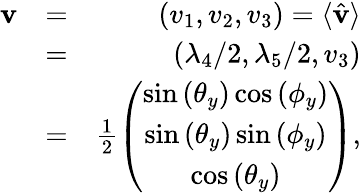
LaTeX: \begin{array}{rlr}{{\mathbf v}}&{=}&{(v_{1},v_{2},v_{3})=\langle\hat{\mathbf v}\rangle}\\ &{=}&{(\lambda_{4}/2,\lambda_{5}/2,v_{3})}\\ &{=}&{\frac{1}{2}\left(\begin{array}{c}{\sin\left(\theta_{y}\right)\cos\left(\phi_{y}\right)}\\ {\sin\left(\theta_{y}\right)\sin\left(\phi_{y}\right)}\\ {\cos\left(\theta_{y}\right)}\end{array}\right),}\end{array}